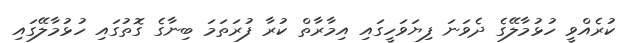
ކުރެއްވީ ހުޅުމާލޭގެ ދެވަނަ ފިޔަވަހީގައި އިމާރާތް ކުރާ ފުރަތަމަ ބިނާގެ ގޮތުގައި ހުޅުމާލޭގައި